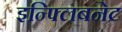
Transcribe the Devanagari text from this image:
इन्फ्लिबनेट